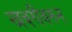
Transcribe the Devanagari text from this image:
खबरीवरून